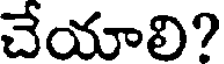
చేయాలి?